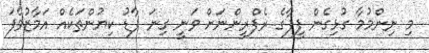
މި ނިންމުމާ ގުޅިގެން ފީފާގެ ރެފްރީންނަށް ވަނީ ގިނަ ފާޑު ކިޔުންތަކެއް އަމާޒުވެފަ